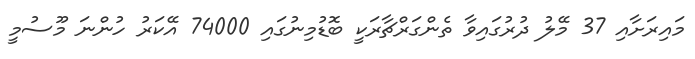
މައިރަށާއި 37 މޭލު ދުރުގައިވާ ތެންގަރްޗާރަކީ ބޮޑުމިނުގައި 74000 އޭކަރު ހުންނަ މޫސުމީ